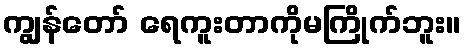
ကျွန်တော် ရေကူးတာကိုမကြိုက်ဘူး။